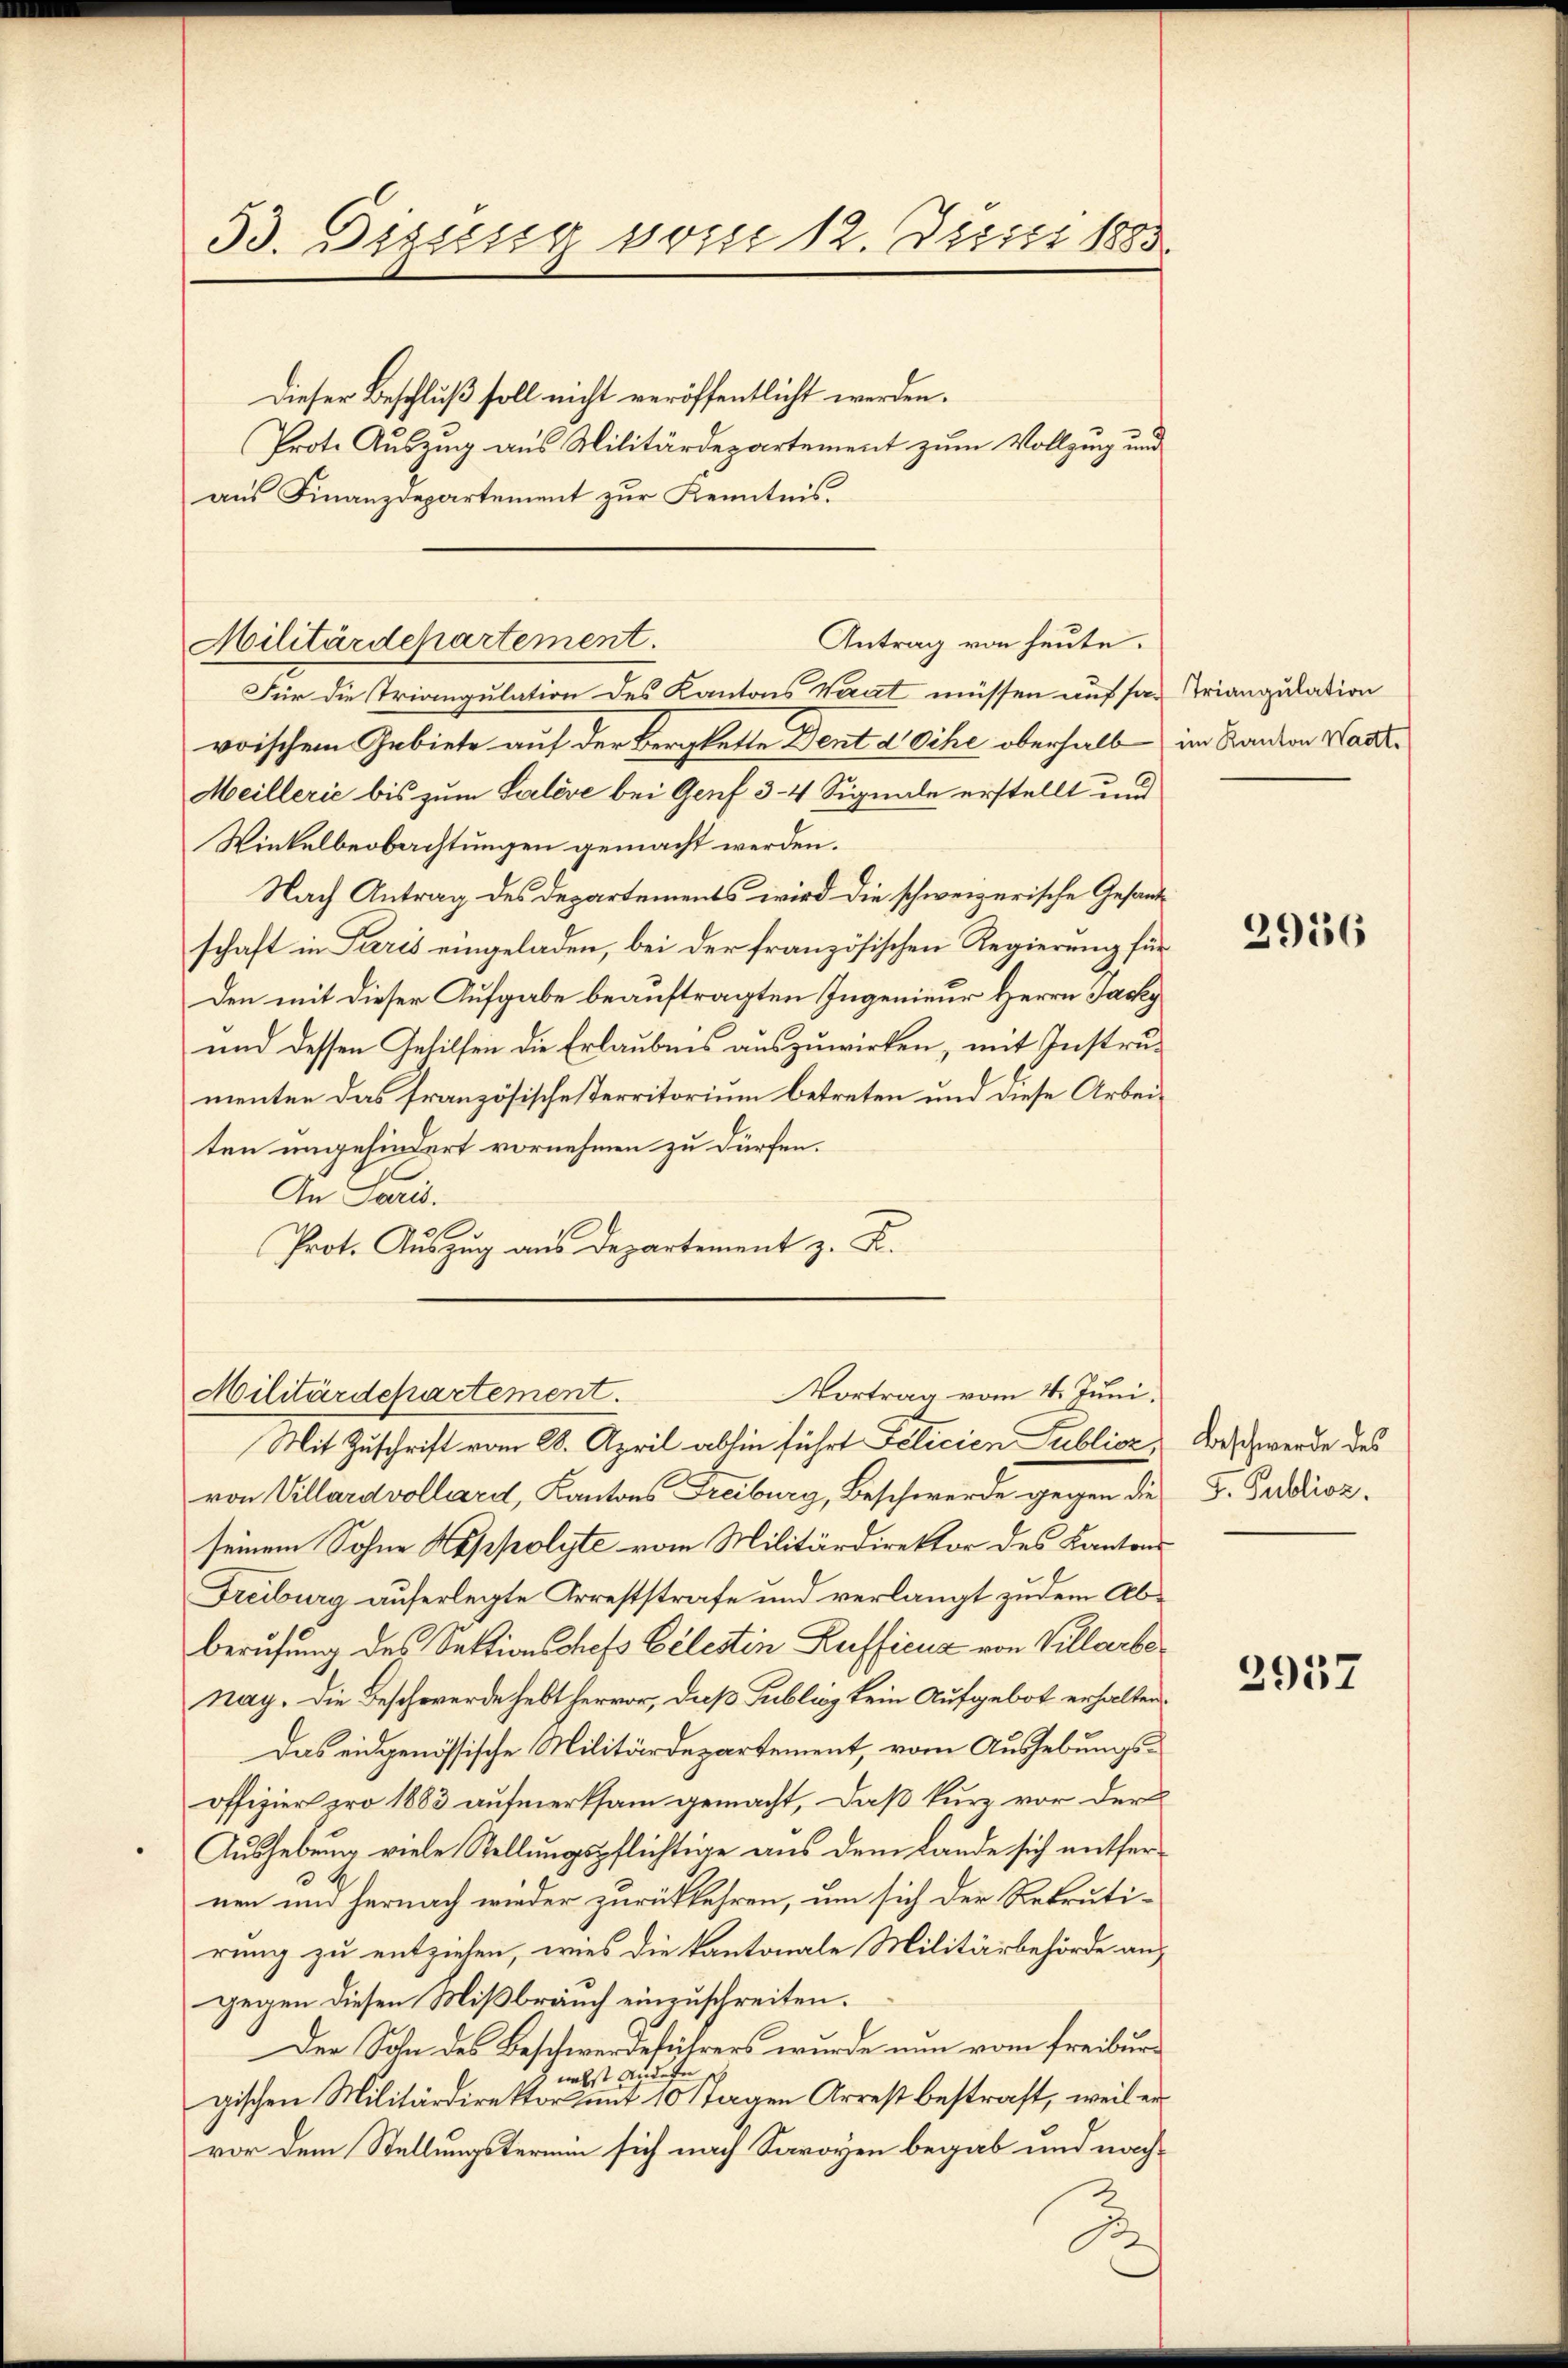
53. Dizung vom 12. Justi 1883.

Dieser Beschluß soll nicht veröffentlicht werden.
Prot. Auszug aus Militärdepartement zum Vollzug und
aus Finanzdepartement zur Kenntnis.
Für die Triangulation des Kantons Verat müssen auf savoischem Gebiete auf der Bergkette Dent deihe oberhalb im Kanton Hart¬
Meillerić bis zum Salève bei Genf 3-4 Signale erstellt und
Winkelbeobachtungen gemacht werden.
Nach Antrag des Departements wird die schweizerische Gesandschaft in Paris eingeladen, bei der französischen Regierung für
Den mit dieser Aufgabe beauftragten Ingenieur Herrn Jacky
und dessen Gehilfen die Erlaubnis auszuwirken, mit Instrumenten das französisches Territorium betreten und diese Arbeiten ungehindert vornehmen zu dürfen.
An Paris.
do
Prot. Auszug aus Departement z. B.
Vortrag vom 4. Juni.
Militärdepartement.
Mit Zuschrift vom 28. April abhin führt Felicien Publick
von Villard vollard, Kantons Freiburg, Beschwerde gegen die
seinem Sohne Kappolyte vom Militärdirektor des Kantons
Freiburg auferlegte Arreststrafe und verlangt zudem Abberufung des Sektionschefs Celestin Kufficus von Villarbenay. Die Beschwerde hebt hervor, daß Publicz kein Aufgebot erhalten.
Das eidgenössische Militärdepartement, vom Aushebungsoffizier pro 1883 aufmerksam gemacht, daß kurz vor der
Aushebung viele Stellungspflichtige aus dem Lande sich entfernen und hernach wieder zurückkehren, um sich der Rekrutirung zu entziehen, wies die kantonale Militärbehörde angegen diesen Mißbrauch einzuschreiten.
Der Sohn des Beschwerdeführers wurde nun vom Freiburg
2 nebst Andere
gischen Militärdirektor mit 10 Tagen Arrest bestraft, weil ervor dem Stellungstermin sich nach Savoyen begab und nach¬

Antrag von heute.
Militärdepartement.

Triangulation

2956

Beschwerde des
5. Publioz.

2957